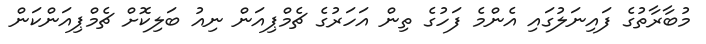
މުބާރާތުގެ ފައިނަލުގައި އެންމެ ފަހުގެ ތިން އަހަރުގެ ޗެމްޕިއަން ނިއު ބަލިކޮށް ޗެމްޕިއަންކަން